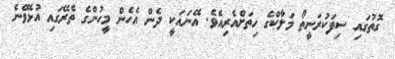
ގޮތުގައި ސިފަކުރަނީތޯ މަލާކްގެ ހިތަށްއެރިއެވެ. އޭނައަކީ ދެން އެހެން މީހުންގެ ތެރޭގައި އުޅެވޭނެ